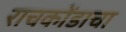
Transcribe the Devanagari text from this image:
राचकोंडाचा